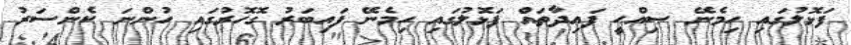
ފަޅޮލުގައި ހިމެނޭ ޞިއްޙީ ފައިދާތައް ފަޅޮލުގައި ހިމެނޭ ފައިބަރު ގޮހޮރުގައި ހުންނަ ކެންސަރު